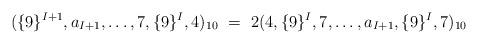
LaTeX: \begin{align*} (\{9\}^{I+1},a_{I+1},\ldots,7,\{9\}^{I},4)_{10} \ =\ 2(4,\{9\}^{I},7,\ldots,a_{I+1},\{9\}^{I},7)_{10}\end{align*}